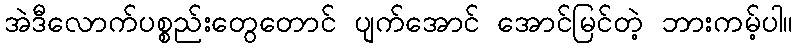
အဲဒီလောက်ပစ္စည်းတွေတောင် ပျက်အောင် အောင်မြင်တဲ့ ဘားကမ့်ပါ။